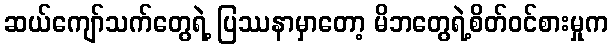
ဆယ်ကျော်သက်တွေရဲ့ ပြဿနာမှာတော့ မိဘတွေရဲ့စိတ်ဝင်စားမှုက